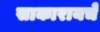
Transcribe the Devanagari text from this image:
साकारायचे